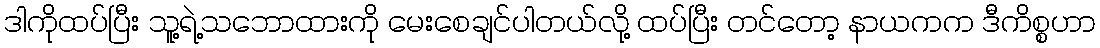
ဒါကိုထပ်ပြီး သူ့ရဲ့သဘောထားကို မေးစေချင်ပါတယ်လို့ ထပ်ပြီး တင်တော့ နာယကက ဒီကိစ္စဟာ